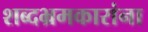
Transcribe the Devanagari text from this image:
शब्दभ्रमकारांना